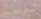
متطابق